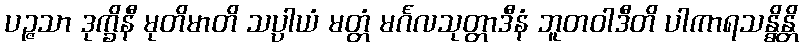
ပဉ္ဇသာ ဒုက္ခိနီ မုတိမာတိ သပ္ပာယံ မတ္တံ မင်္ဂလသုတ္တာဒီနံ ဘူတဝါဒီတိ ပါကာရသန္ဓိန္တိ